Vaccination United Provinces of Agra and Oudh 1923-1928 - 1923-1928
Year: 1923
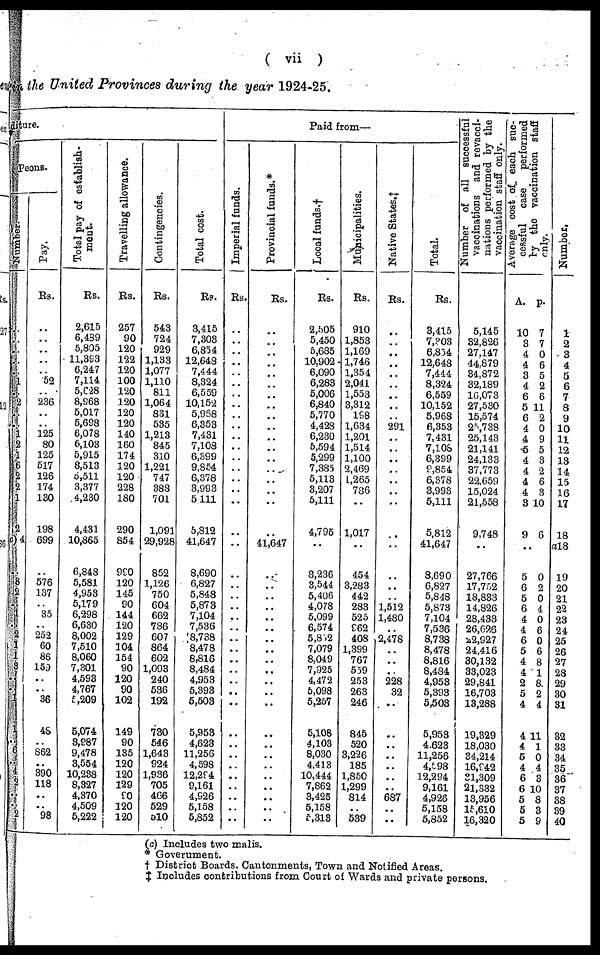
( vii )
the United Provinces during the year 1924-25.
ure.
Peons.
Pay.
Rs.
..
..
..
..
.. 52
..
236
..
..
125
80
125
517
126
174
130
198
699
..
576
137
..
35
..
252
60
86
159
..
..
36
48
..
862
..
390
118
..
..
98
Total pay of establish-
ment.
Rs.
2,615
6,489
5,805
11,393
6,247
7,114
5,628
8,968
5,017
5,698
6,078
6,103
5,915
8,513
5,511
3,377
4,230
4,431
10,865
6,848
5,581
4,953
5,179
6,298
6,630
8,002
7,510
8,060
7,301
4,593
4,767
5,209
5,074
3,987
9,478
3,554
10,238
8,327
4,370
4,509
5,222
Travelling allowance.
Rs.
257
90
120
122
120
100
120
120
120
120
140
160
174
120
120
228
180
290
854
990
120
145
90
144
120
129
104
154
90
120
90
102
149
90
135
120
120
129
90
120
120
Contingencies.
Rs.
543
724
929
1,133
1,077
1,110
811
1,064
831
535
1,213
845
310
1,221
747
388
701
1,091
29,928
852
1,126
750
604
662
786
607
864
602
1,093
240
536
192
730
546
1,643
924
1,936
705
466
529
510
Total cost.
Rs.
3,415
7,303
6,854
12,643
7,444
8,324
6,559
10,152
5,968
6,353
7,431
7,108
6,399
9,854
6,378
3,993
5,111
5,812
41,647
8,690
6,827
5,848
5,873
7,104
7,536
8,738
8,478
8,816
8,484
4,953
5,393
5,503
5,953
4,623
11,256
4,598
12,294
9,161
4,926
5,158
5,852
Paid from—
Imperial funds.
Rs.
..
..
..
..
..
..
..
..
..
..
..
..
..
..
..
..
..
..
..
..
..
..
..
..
..
..
..
..
..
..
..
..
..
..
..
..
..
..
..
..
..
Provincial funds.*
Rs.
..
..
..
..
..
..
..
..
..
..
..
..
..
..
..
..
..
..
41,647
..
..
..
..
..
..
..
..
..
..
..
..
..
..
..
..
..
..
..
..
..
..
Local funds.†
Rs.
2,505
5,450
5,685
10,902
6,090
6,283
5,006
6,840
5,770
4,428
6,230
5,594
5,299
7,385
5,113
3,207
5,111
4,795
..
8,236
3,544
5,406
4,078
5,099
6,574
5,852
7,079
8,049
7,925
4,472
5,098
5,257
5,108
4,103
8,030
4,413
10,444
7,862
3,425
5,158
5,318
Municipalities.
Rs.
910
1,853
1,169
1,746
1,354
2,041
1,553
3,312
198
1,634
1,201
1,514
1,100
2,469
1,265
786
..
1,017
..
454
3,283
442
283
525
962
408
1,399
767
559
253
263
246
845
520
3,226
185
1,850
1,299
814
..
539
Native States.†
Rs.
..
..
..
..
..
..
..
..
..
291
..
..
..
..
..
..
..
..
..
..
..
..
1,512
1,480
2,478
..
..
..
228
32
..
..
..
..
..
..
..
687
..
..
Total.
Rs.
3,415
7,308
6,854
12,648
7,444
8,324
6,559
10,152
5,968
6,353
7,431
7,108
6,399
9,854
6,378
3,993
5,111
5,812
41,647
8,690
6,827
5,848
5,873
7,104
7,536
8,738
8,478
8,816
8,484
4,953
5,393
5,503
5,953
4,623
11,256
4,598
12,294
9,161
4,926
5,158
5,852
Number of all successful
vaccinations and re-vacci-
nations performed by the
vaccination staff only.
5,145
32,826
27,147
44,879
34,872
32,189
16,073
27,530
15,574
25,738
25,143
21,141
24,133
37,773
22,659
15,024
21,558
9,748
..
27,766
17,752
18,883
14,826
28,433
26,626
22,927
24,416
30,132
33,023
29,841
16,703
13,288
19,329
18,030
34,214
16,942
31,309
21,332
18,956
15,610
16,320
Ave r
a ge cost of each suc-
cessful case performed
by the vaccination s
only.
A.
10
3
4
4
3
4
6
5
6
4
4
5
4
4
4
4
3
9
p.
7
7
0
6
5
2
6
11
2
0
9
5
3
2
6
3
10
6
..
5
6
5
6
4
4
6
5
4
4
2
5
4
4
4
5
4
6
6
5
5
5
0
2
0
4
0
6
0
6
8
1
8
2
4
11
1
0
4
3
10
8
3
9
Number.
1
2
3
4
5
6
7
8
9
10
11
12
13
14
15
16
17
18
a18
19
20
21
22
23
24
25
26
27
28
29
30
31
32
33
34
35
36
37
38
39
40
(c) Includes two malis.
* Government.
† District Boards, Cantonments, Town and Notified Areas.
‡ Includes contributions from Court of Wards and private persons.